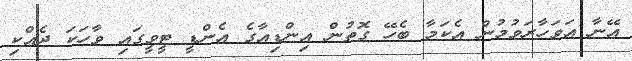
އޭނާ އަވަހާރަވުމުން އެކަމާ ބެހޭ ގޮތުން އިންޑިއާގެ އެންޑީ ޓީވީގައި ވާހަކަ ދެއްކި